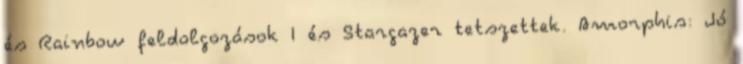
és Rainbow feldolgozások I és Stargazer tetszettek. Amorphis: Jó